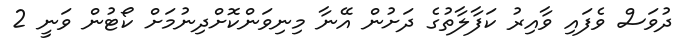
ދުވަސް ވެފައި ވާއިރު ކަފާލާތުގެ ދަށުން އޭނާ މިނިވަންކޮށްދިނުމަށް ކޯޓުން ވަނީ 2